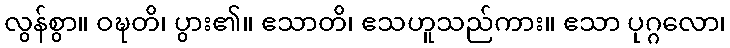
လွန်စွာ။ ဝဍ္ဎတိ၊ ပွား၏။ ဧသာတိ၊ ဧသဟူသည်ကား။ ဧသာ ပုဂ္ဂလော၊